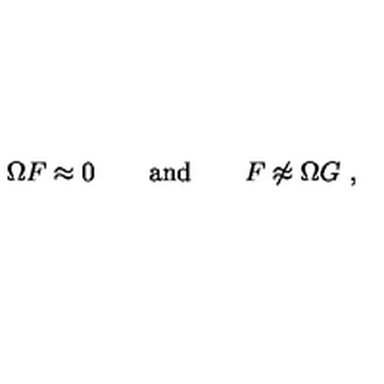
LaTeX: \Omega F \approx 0 \qquad \mathrm { a n d } \qquad F \not \approx \Omega G \ ,